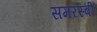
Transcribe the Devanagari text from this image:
समरस्बी